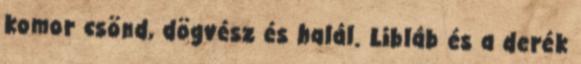
komor csönd, dögvész és halál. Libláb és a derék